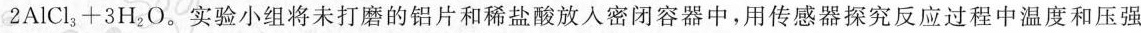
$2AlCl3+3H2O$。实验小组将未打磨的铝片和稀盐酸放入密闭容器中，用传感器探究反应过程中温度和压强